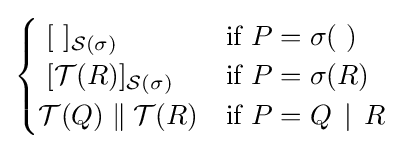
{\begin{cases}\;[~]_{{\mathcal {S}}(\sigma )}&{\mbox{if }}P=\sigma (~)\\\;[{\mathcal {T}}(R)]_{{\mathcal {S}}(\sigma )}&{\mbox{if }}P=\sigma (R)\\{\mathcal {T}}(Q)\;\|\;{\mathcal {T}}(R)&{\mbox{if }}P=Q\,\mid \,R\\\end{cases}}